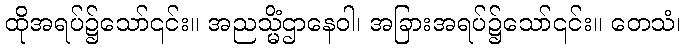
ထိုအရပ်၌သော်၎င်း။ အညသ္မိံဌာနေဝါ၊ အခြားအရပ်၌သော်၎င်း။ တေသံ၊